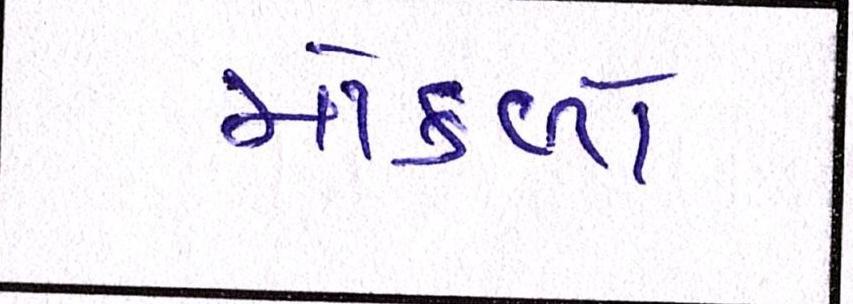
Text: મોકળો